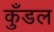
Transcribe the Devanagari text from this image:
कुँडल